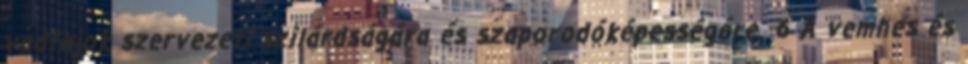
vadfajok szervezeti szilárdságára és szaporodóképességére. 6 A vemhes és